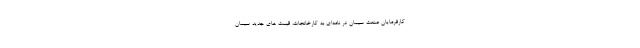
کارفرمایان صنعت سیمان در نامه‌ای به کارخانجات، قیمت های جدید سیمان